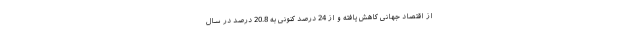
از اقتصاد جهانی کاهش یافته و از 24 درصد کنونی به 20.8 درصد در سال